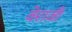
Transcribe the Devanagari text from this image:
वेराज़ी